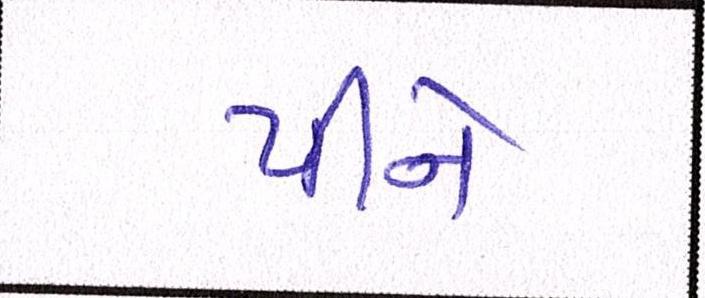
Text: પીને